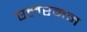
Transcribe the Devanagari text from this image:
एलरमन